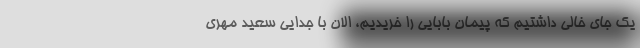
یک جای خالی داشتیم که پیمان بابایی را خریدیم، الان با جدایی سعید مهری